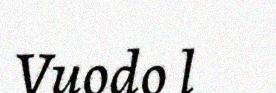
Vuodo l